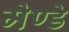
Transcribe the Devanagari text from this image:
मेण्डे